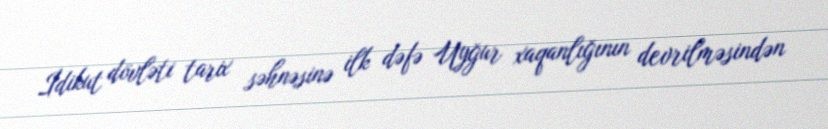
İdikut dövləti tarix səhnəsinə ilk dəfə Uyğur xaqanlığının devrilməsindən